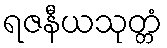
ရဇနီယသုတ္တံ